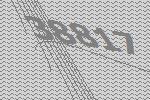
38817